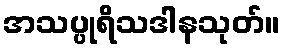
အသပ္ပုရိသဒါနသုတ်။